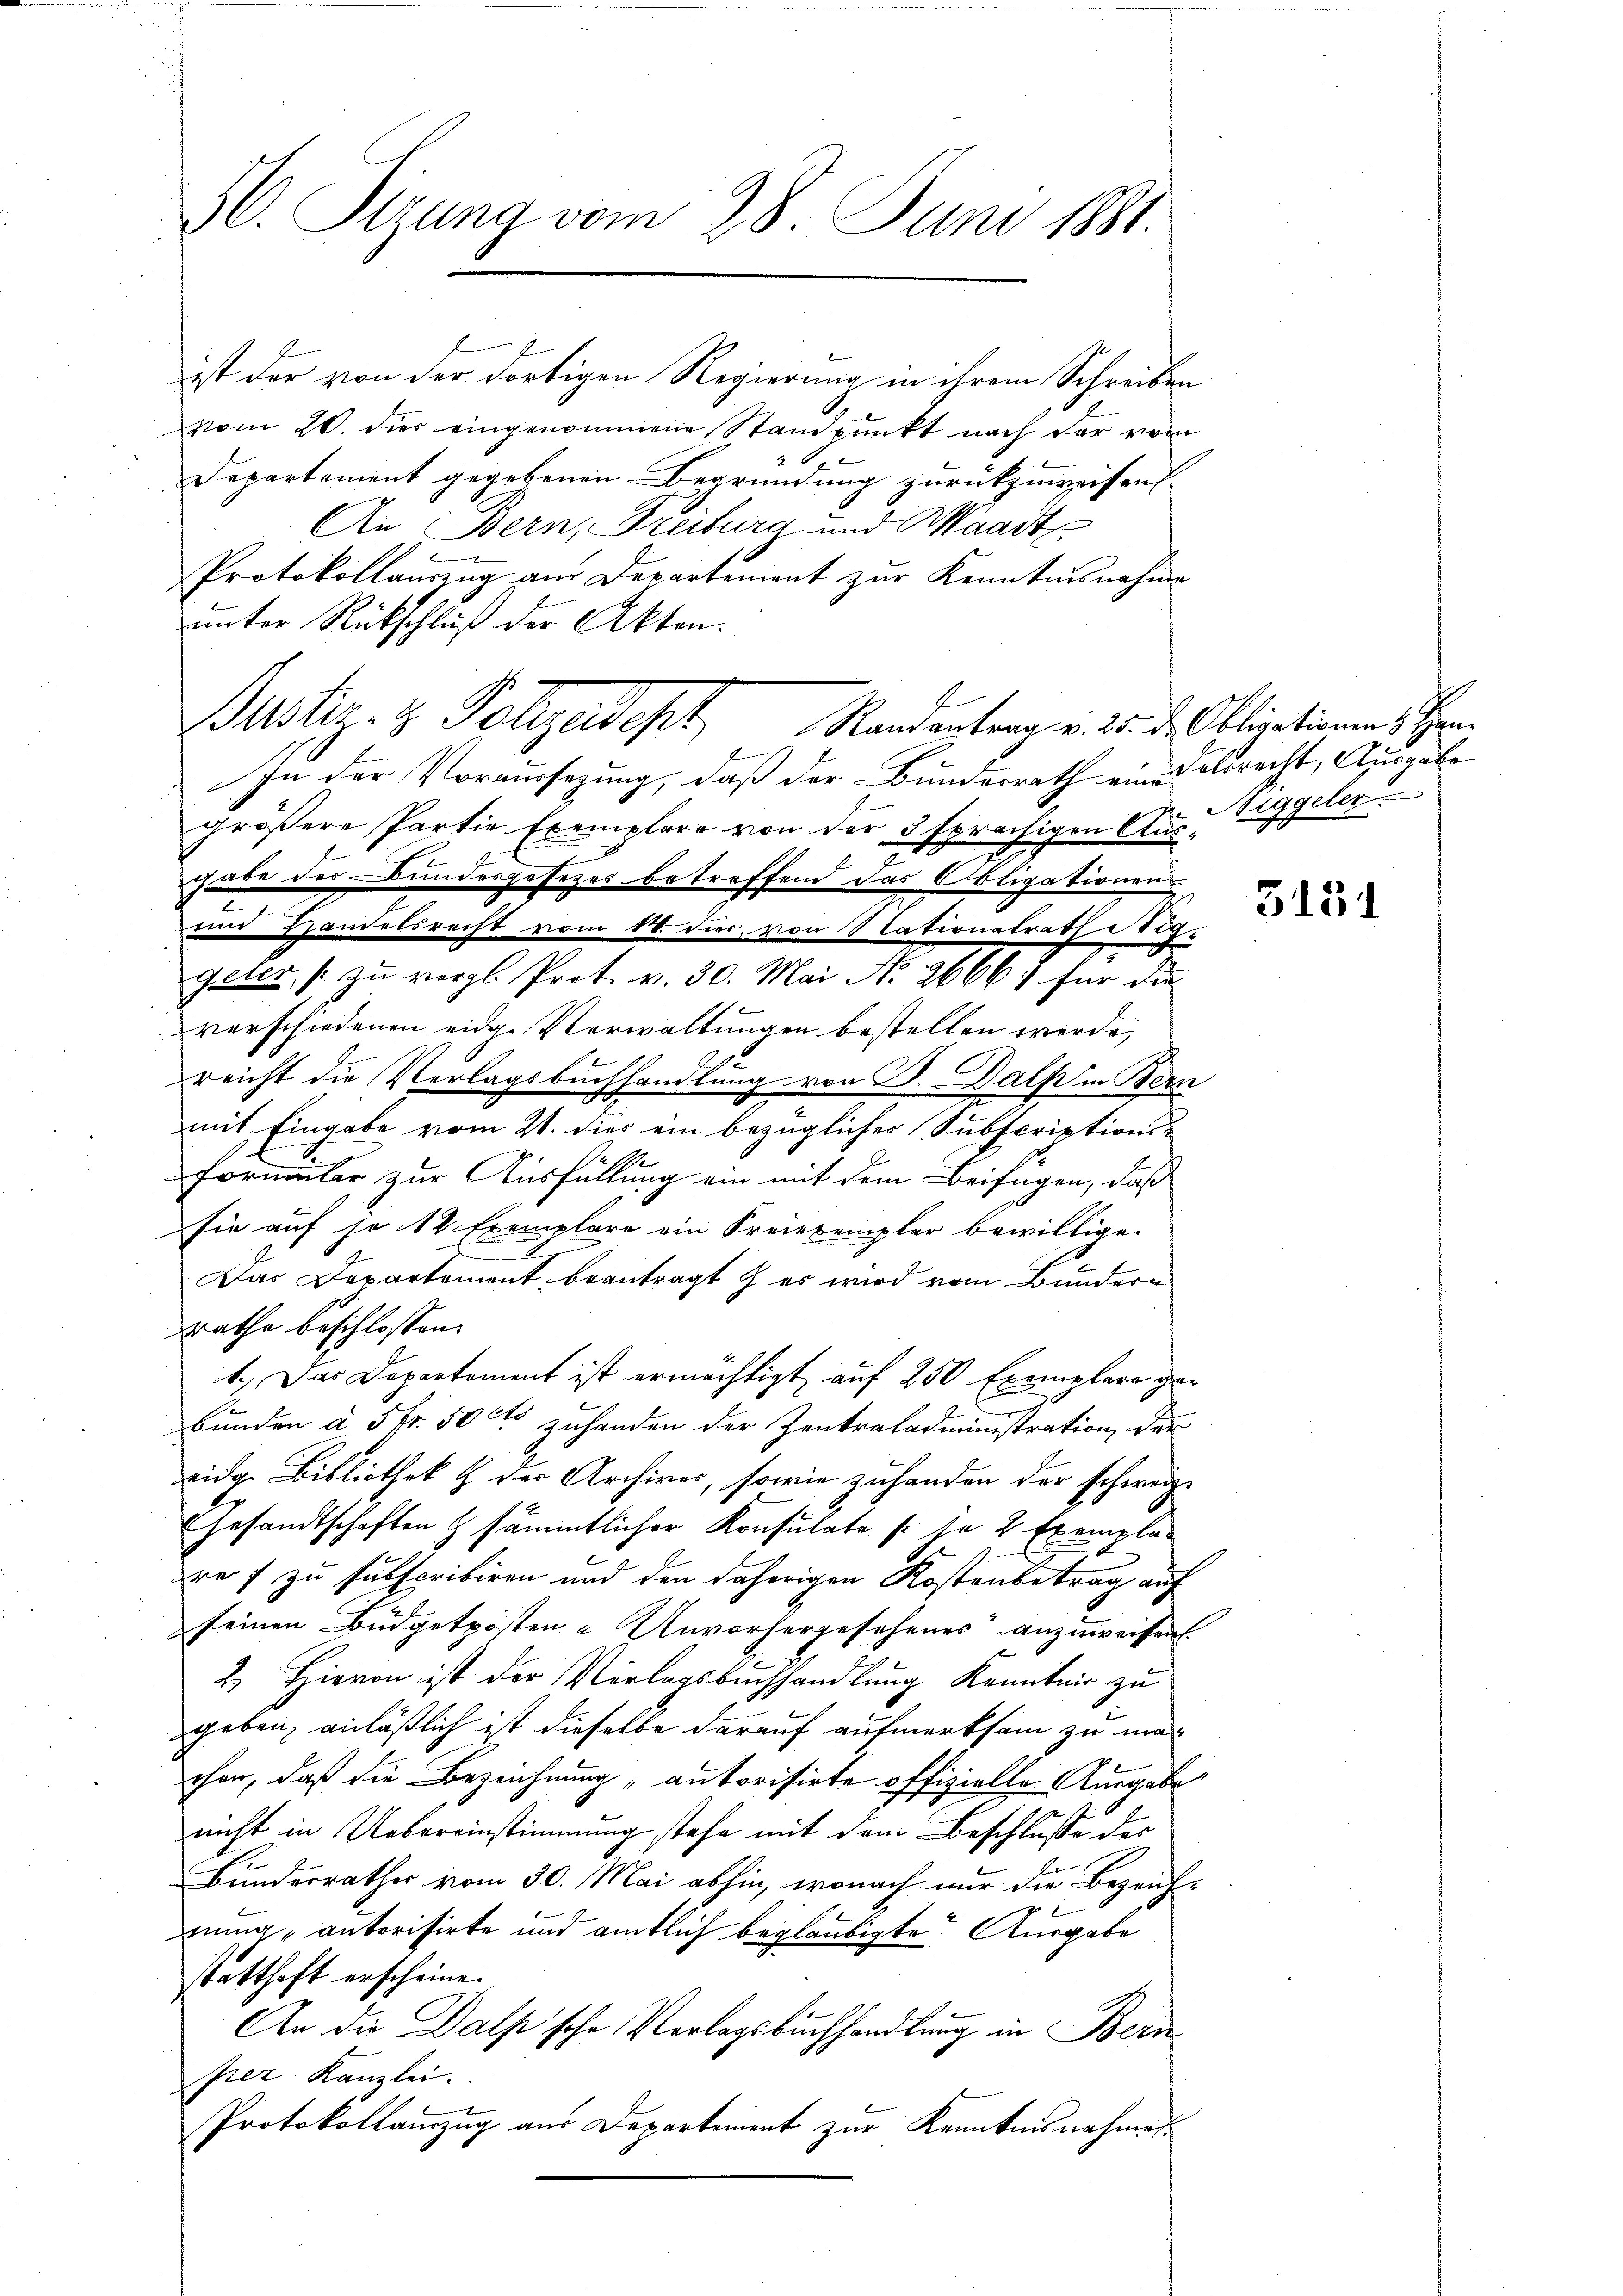
36. Sizung vom 28. Juni 1881.

ist der von der dortigen Regierung in ihrem Schreiben
vom 20. dies eingenommene Standpunkt nach der vom
Departement gegebenen Begründung zurückzuweisen
An Bern, Freiburg und Waadt
Protokollanzŭg am Departement zŭr Kenntnisnahme
unter Rückschluß der Akten.
In der Voraussezung, daß der Bundesrath eine delsrecht, Ausgabe
größere Partie Exemplare von der 3 sprächigen Aus-Siggeler
gabe des Bundesgesetzes betreffend das Obligationens
2
und Handelsrecht vom 1. dies von Nationalrath Mög-
geter, zu vergl. Prot. v. 30. Mai No 2666) für die
verschiedenen eidge Verwaltungen bestellen werde,
.
reicht die Verlagsbuchhandlung von B. als in Bern
mit Eingabe vom 21. dies ein bezüglicher Subscriptions¬
Formular zur Ausfüllung ein mit dem Beifügen, daß
sie auf je 14 Exemplare ein Freiexemplar bewillige.
.
Das Departement beantragt & es wird vom Bundern
rathe beschlossen:
1.) Das Departement ist ermächtigt auf 250 Exemplare gebunden à 5 Fr. 50 Cts zuhanden der Zentraladministration der
eidg. Bibliothek h der Archives, sowie zuhanden der schweiz.
Gesandtschaften & sämmtlicher Konsulate (: je 2 Exempla-
re 7 zu subscribiren und den daherigen Kostenbetrag auf
seinen Büdgetposten - Unvorhergesehenes anzuweisen.
2.) Hievon ist der Vorlagsbuchhandlung Kenntnis zu
geben, anläßlich ist dieselbe darauf aufmerksam zu machen, daß die Bezeichnung „autorisirte offizielle Ausgabe
nicht in Uebereinstimmung stehe mit dem Beschlusse der
Bunderrathes vom 30. Mai abhin, wonach nur die Bezeichmung, autorisirte und amtlich beglaubigte Ausgabe
statthaft erscheine.
An die Dalp sehr Verlagsbuchhandlung in Bern
per Kanzlei.
Protokollauszug aus Departement zur Kenntnisnahmes

Justiz- & Polizadept, Randantrag v. 25. d. Obligationen, Her

3151